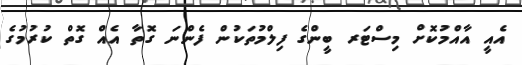
އެއީ އާއްމުކޮށް މިސްޓަރ ބީންގެ ފިލްމުތަކުން ފެންނަ ގޮތާ އެއް ގޮތް ކުރުމުގެ